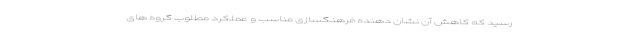
رسید که کاهش آن نشان دهنده فرهنگسازی مناسب و عملکرد مطلوب گروه های